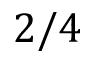
2 / 4